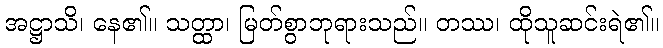
အဋ္ဌာသိ၊ နေ၏။ သတ္ထာ၊ မြတ်စွာဘုရားသည်။ တဿ၊ ထိုသူဆင်းရဲ၏။